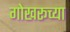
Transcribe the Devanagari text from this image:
गोखरूच्या